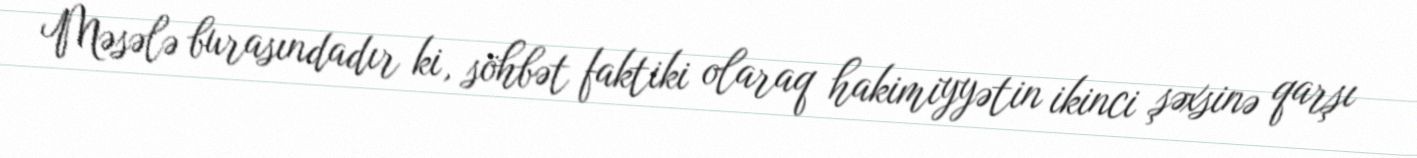
Məsələ burasındadır ki, söhbət faktiki olaraq hakimiyyətin ikinci şəxsinə qarşı